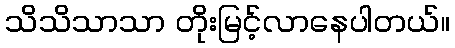
သိသိသာသာ တိုးမြင့်လာနေပါတယ်။